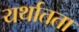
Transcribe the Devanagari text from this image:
यर्थातता